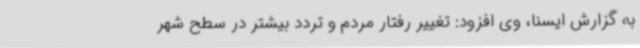
به گزارش ایسنا، وی افزود: تغییر رفتار مردم و تردد بیشتر در سطح شهر